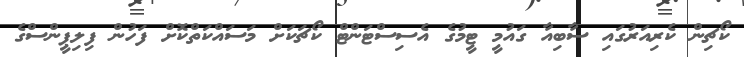
ކޯޗިން ކެރިއަރުގައި ސާބިއާ ގައުމީ ޓީމުގެ އެސިސްޓަންޓް ކޯޗަކަށް މަސައްކަތްކޮށް ފަހުން ފިލިޕީންސްގެ